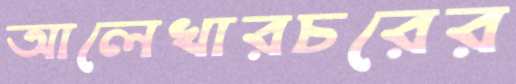
আলেখারচরের